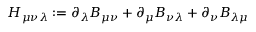
H _ { \mu \nu \lambda } : = \partial _ { \lambda } B _ { \mu \nu } + \partial _ { \mu } B _ { \nu \lambda } + \partial _ { \nu } B _ { \lambda \mu }